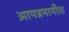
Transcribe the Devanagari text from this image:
आपन्नमामीश